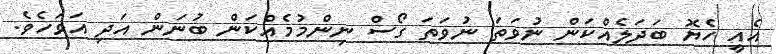
އެއީ ހެޔޮ ބަދަލެއްކަން ނުވަތަ ނުވަތަ ގޯސް ނިންމުމެއްކަން ބުނަން އަދި އަވަހެވެ.